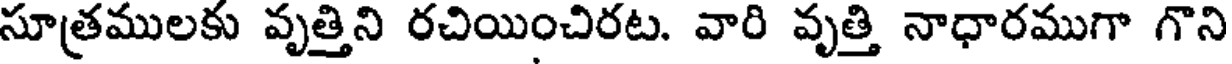
సూత్రములకు వృత్తిని రచియించిరట. వారి వృత్తి నాధారముగా గొని